Vaccination in the Punjab 1867-1880 - 1867-1880
Year: 1867
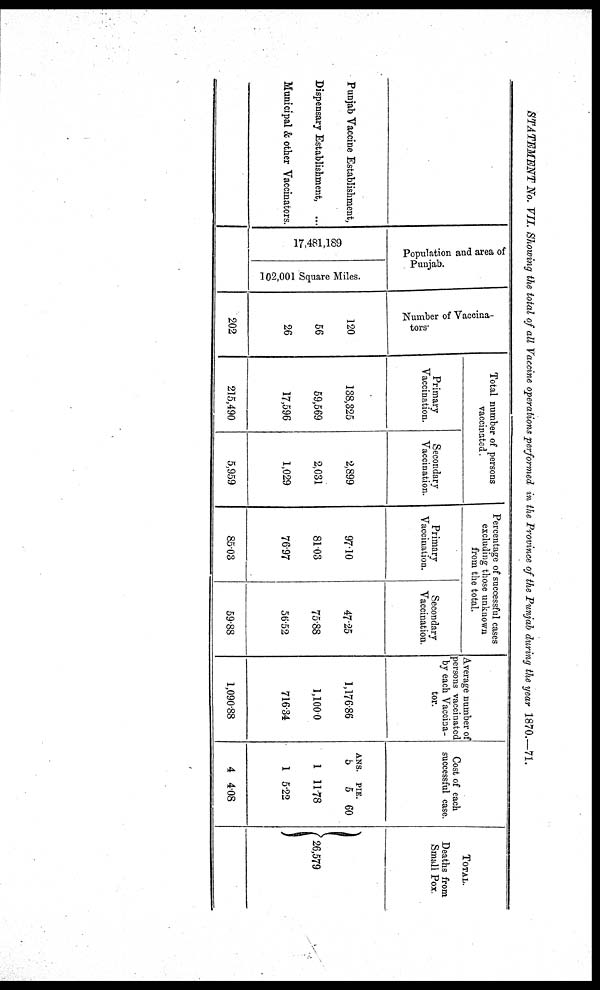
STATEMENT No. VII. Showing the total of all Vaccine operations performed in the Province of the Punjab during the year 1870.—71.
Punjab Vaccine Establishment,
Dispensary Establishment, ...
Municipal & other Vaccinators.
Population and area of
Punjab.
17,481,189
102,001 Square Miles.
Number of Vaccina-
tors
120
56
26
202
Total number of persons
vaccinated.
Primary
Vaccination.
138,325
59,569
17,596
215,490
Secondary
Vaccination.
2,899
2,031
1,029
5,959
Percentage of successful cases
excluding those unknown
from the total.
Primary
Vaccination.
97.10
81.03
76.97
85.03
Secondary
Vaccination.
4725
75.88
56.52
59.88
Average number of
persons vaccinated
by each Vaccina-
tor.
1,176.86
1,100.0
716.34
1,090.88
Cost of each
successful case.
ANS.
5
1
1
4
PIE.
5
11.78
5.22
4.08
60
TOTAL.
Deaths from
Small Pox.
26,579